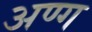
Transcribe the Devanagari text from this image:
अण्ग